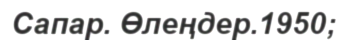
Сапар. Өлеңдер.1950;